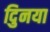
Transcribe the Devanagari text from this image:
दुिनया